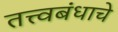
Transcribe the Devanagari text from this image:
तत्त्वबंधाचे